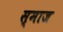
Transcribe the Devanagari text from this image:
स्माज